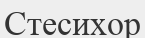
Стесихор